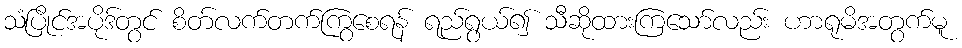
သံပြိုင်အပိုဒ်တွင် စိတ်လက်တက်ကြွစေရန် ရည်ရွယ်၍ သီဆိုထားကြသော်လည်း ဟာရုမိအတွက်မူ